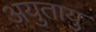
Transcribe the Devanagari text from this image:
अयुतायु